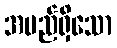
အမည်ရှိသော